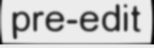
pre-edit